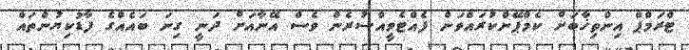
ޓްރަމްޕް އިންތިޚާބަށް ކެމްޕޭންކުރައްވަން ފެއްޓެވީއްސުރެން ވެސް އޭނާއަށް ދަނީ ގިނަ ބައެއްގެ ފާޑުކިޔުންތައް